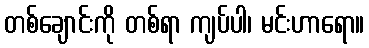
တစ်ချောင်းကို တစ်ရာ ကျပ်ပါ၊ မင်းဟာရော။